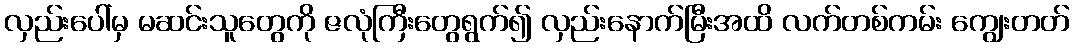
လှည်းပေါ်မှ မဆင်းသူတွေကို ဇလုံကြီးတွေရွက်၍ လှည်းနောက်မြီးအထိ လက်တစ်ကမ်း ကျွေးတတ်